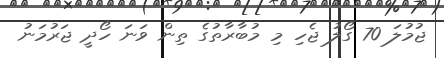
ޖުމުލަ 70 ގޯލު ޖެހި މި މުބާރާތުގެ ތިން ވަނަ ހޯދީ ޖަރުމަނު